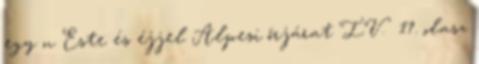
egy n Este és éjjel Alpesi őrjárat IV. 17. olasz